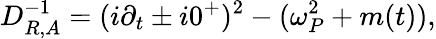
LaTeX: D_{R,A}^{-1}=({{i}}\partial_{t}\pm{{i}}0^{+})^{2}-(\omega_{P}^{2}+m(t)),